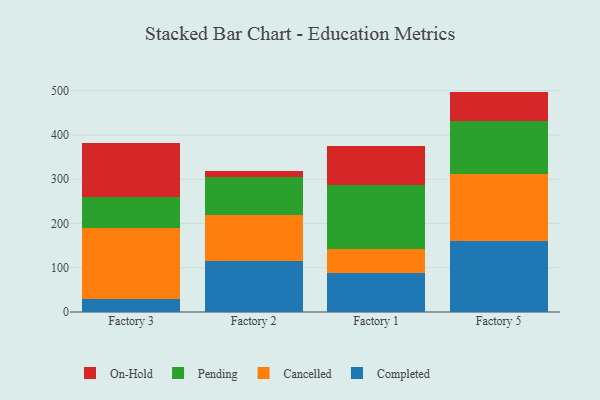
{"axis": {"x": "Factory", "y": "LTV (USD)"}, "legend": ["Cancelled", "Completed", "On-Hold", "Pending"], "data": [{"x": "Factory 3", "y": 29.4, "type": "Completed"}, {"x": "Factory 3", "y": 160.6, "type": "Cancelled"}, {"x": "Factory 3", "y": 70.6, "type": "Pending"}, {"x": "Factory 3", "y": 122.2, "type": "On-Hold"}, {"x": "Factory 2", "y": 116.1, "type": "Completed"}, {"x": "Factory 2", "y": 102.6, "type": "Cancelled"}, {"x": "Factory 2", "y": 85.5, "type": "Pending"}, {"x": "Factory 2", "y": 15.4, "type": "On-Hold"}, {"x": "Factory 1", "y": 88.2, "type": "Completed"}, {"x": "Factory 1", "y": 53.5, "type": "Cancelled"}, {"x": "Factory 1", "y": 144.6, "type": "Pending"}, {"x": "Factory 1", "y": 89.0, "type": "On-Hold"}, {"x": "Factory 5", "y": 160.5, "type": "Completed"}, {"x": "Factory 5", "y": 151.6, "type": "Cancelled"}, {"x": "Factory 5", "y": 119.6, "type": "Pending"}, {"x": "Factory 5", "y": 66.2, "type": "On-Hold"}]}